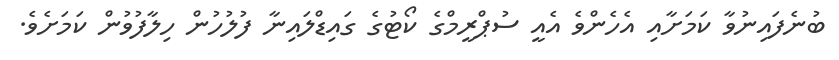
ބުނެފައިނުވާ ކަމަށާއި އެހެންވެ އެއީ ސުޕްރީމްގެ ކޯޓުގެ ގައިޑްލައިނާ ފުލުހުން ހިލާފުވުން ކަމަށެވެ.